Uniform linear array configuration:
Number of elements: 4
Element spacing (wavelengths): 1
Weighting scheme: hann
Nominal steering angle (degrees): -45
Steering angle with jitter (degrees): -43.925
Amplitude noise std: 0.05
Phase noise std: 0.05

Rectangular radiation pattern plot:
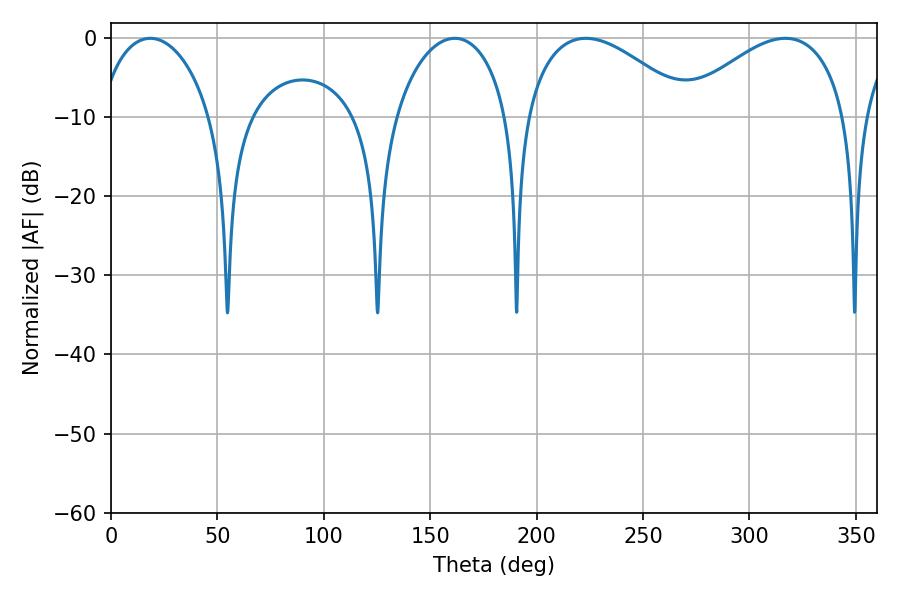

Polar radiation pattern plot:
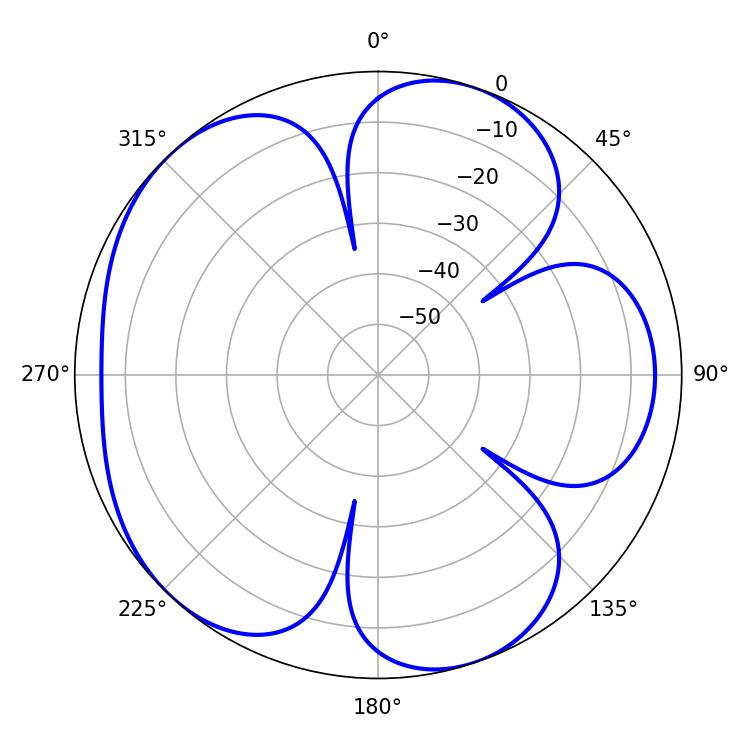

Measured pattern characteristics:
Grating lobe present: TRUE
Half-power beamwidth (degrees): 43.2
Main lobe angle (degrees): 223.2